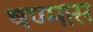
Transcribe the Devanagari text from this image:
षण्मास